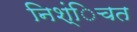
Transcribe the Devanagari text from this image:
निश्ंिचत